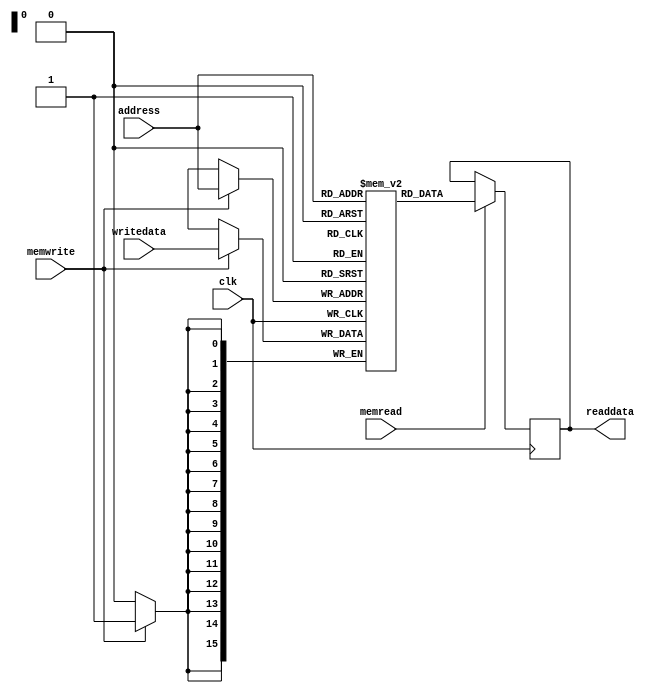
module Memory(
		input clk,
		input memwrite,
		input memread,
		input[15:0] address,
		input[15:0] writedata,
		output reg[15:0] readdata
		);
	
	reg[15:0] memory[0:65535];
	
	always @(posedge clk)
	begin
		if(memwrite) memory[address] <= writedata;
	end
	
	always @(negedge clk)
	begin
		if(memread) readdata <= memory[address];
	end
	
endmodule